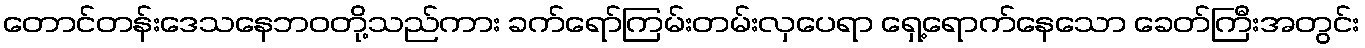
တောင်တန်းဒေသနေဘဝတို့သည်ကား ခက်ရော်ကြမ်းတမ်းလှပေရာ ရှေ့ရောက်နေသော ခေတ်ကြီးအတွင်း